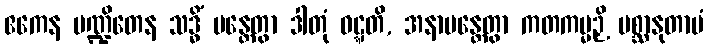
ဧကေန ပဏ္ဍိတေန သဒ္ဓိံ မန္တေတွာ ဒါတုံ ဝဋ္ဋတိ, အနာမန္တေတွာ ကတကမ္မဉှိ ပစ္ဆာနုတာပံ